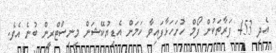
އެދި 453 ފަރާތަކުން ފޯމް ހުށަހަޅާފައިވާ ކަމަށް އެޑިޔުކޭޝަން މިނިސްޓްރީން ބުނެ އެވެ.